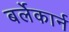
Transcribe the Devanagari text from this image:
बर्लेकार्न